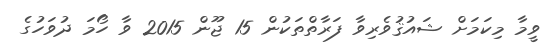
ވީމާ މިކަމަށް ޝައުޤުވެރިވާ ފަރާތްތަކުން 15 ޖޫން 2015 ވާ ހޯމަ ދުވަހުގެ